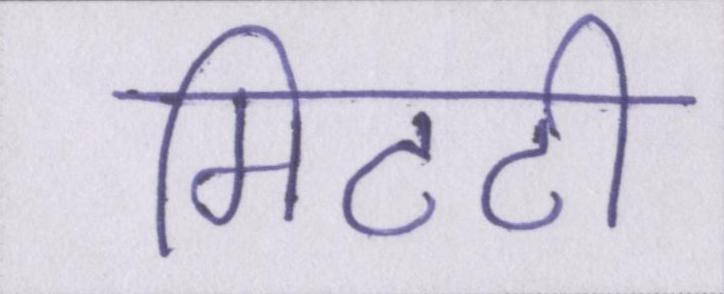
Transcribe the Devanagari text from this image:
मिटटी